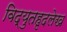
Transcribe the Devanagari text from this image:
विद्युतहृदलेख